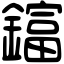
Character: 𨬬